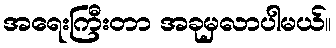
အရေးကြီးတာ အခုမှလာပါမယ်။